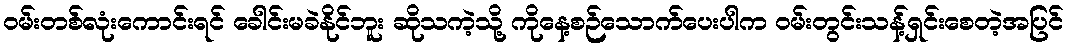
ဝမ်းတစ်လုံးကောင်းရင် ခေါင်းမခဲနိုင်ဘူး ဆိုသကဲ့သို့ ကိုနေ့စဉ်သောက်ပေးပါက ဝမ်းတွင်းသန့်ရှင်းစေတဲ့အပြင်